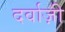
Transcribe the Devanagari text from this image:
दर्वाज़ी